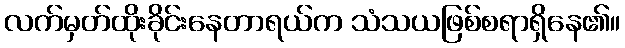
လက်မှတ်ထိုးခိုင်းနေတာရယ်က သံသယဖြစ်စရာရှိနေ၏။